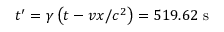
t ^ { \prime } = \gamma \left( t - v x / c ^ { 2 } \right) = 5 1 9 . 6 2 \ { \mathrm { s } }